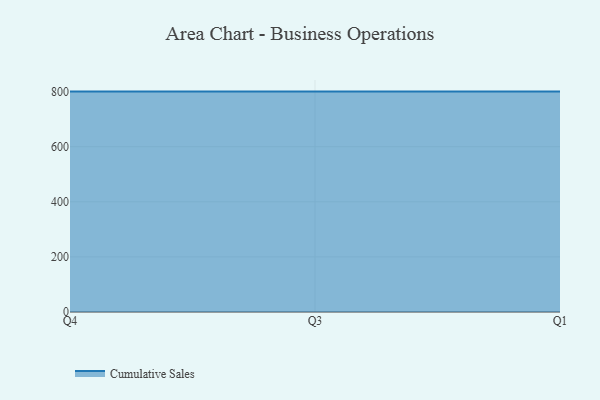
{"axis": {"x": "Quarter", "y": "Backlog"}, "legend": ["Cumulative Sales"], "data": [{"x": "Q4", "y": 800, "type": "Cumulative Sales"}, {"x": "Q3", "y": 800, "type": "Cumulative Sales"}, {"x": "Q1", "y": 800, "type": "Cumulative Sales"}]}